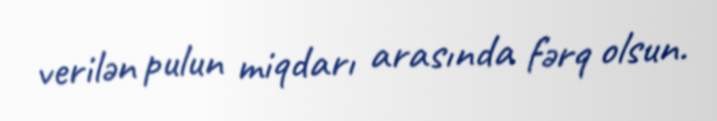
verilən pulun miqdarı arasında fərq olsun.